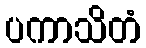
ပကာသိတံ